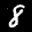
Label: 8